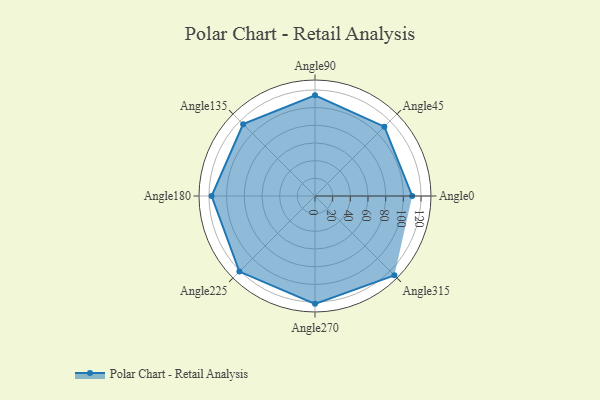
{"axis": {"x": "Angle", "y": "Radius"}, "legend": [""], "data": [{"x": "Angle0", "y": 110.0, "type": ""}, {"x": "Angle45", "y": 111.0, "type": ""}, {"x": "Angle90", "y": 114.0, "type": ""}, {"x": "Angle135", "y": 115.0, "type": ""}, {"x": "Angle180", "y": 117.0, "type": ""}, {"x": "Angle225", "y": 121.0, "type": ""}, {"x": "Angle270", "y": 122.0, "type": ""}, {"x": "Angle315", "y": 127.0, "type": ""}]}